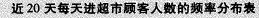
近20天每天进超市顾客人数的频率分布表